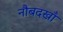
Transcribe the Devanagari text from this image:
नौबदखाँ